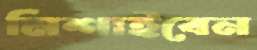
মিশাইবেন